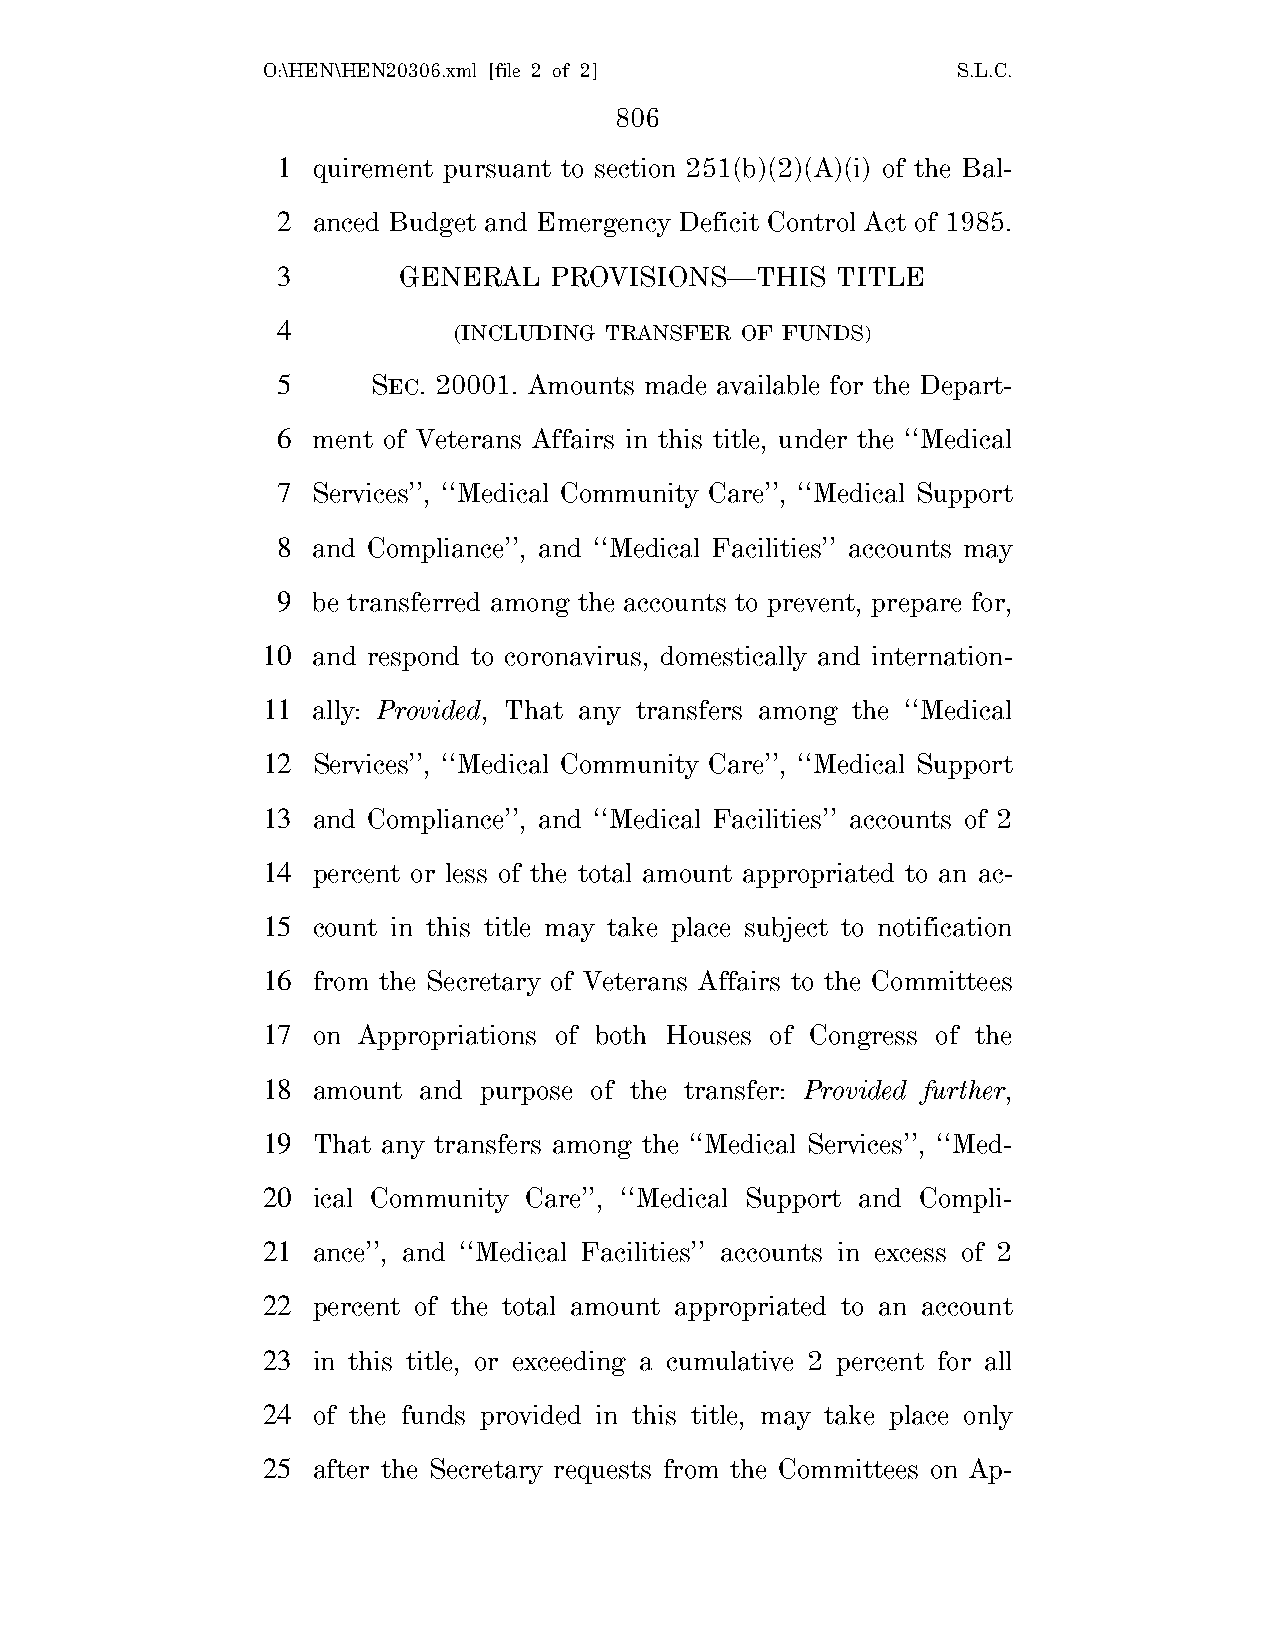
O:\HEN\HEN20306.xml [file 2 of 2]             S.L.C.
 806
 1  quirement pursuant to section 251(b)(2)(A)(i) of the Bal-
 2  anced Budget and Emergency Deficit Control Act of 1985.
 3       GENERAL   PROVISIONS—THIS    TITLE
 4           (INCLUDING TRANSFER OF FUNDS)
 5      SEC. 20001. Amounts made available for the Depart-
 6  ment of Veterans Affairs in this title, under the ‘‘Medical
 7  Services’’, ‘‘Medical Community Care’’, ‘‘Medical Support
 8  and Compliance’’, and ‘‘Medical Facilities’’ accounts may
 9  be transferred among the accounts to prevent, prepare for,
 10  and respond to coronavirus, domestically and internation-
 11  ally: Provided, That any transfers among the ‘‘Medical
 12  Services’’, ‘‘Medical Community Care’’, ‘‘Medical Support
 13  and Compliance’’, and ‘‘Medical Facilities’’ accounts of 2
 14  percent or less of the total amount appropriated to an ac-
 15  count in this title may take place subject to notification
 16  from the Secretary of Veterans Affairs to the Committees
 17  on Appropriations of both Houses of Congress of the
 18  amount and purpose of the transfer: Provided further,
 19  That any transfers among the ‘‘Medical Services’’, ‘‘Med-
 20  ical Community Care’’, ‘‘Medical Support and Compli-
 21  ance’’, and ‘‘Medical Facilities’’ accounts in excess of 2
 22  percent of the total amount appropriated to an account
 23  in this title, or exceeding a cumulative 2 percent for all
 24  of the funds provided in this title, may take place only
 25  after the Secretary requests from the Committees on Ap-